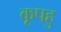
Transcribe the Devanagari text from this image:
कूपहु